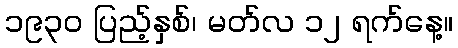
၁၉၃၀ ပြည့်နှစ်၊ မတ်လ ၁၂ ရက်နေ့။